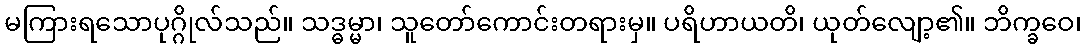
မကြားရသောပုဂ္ဂိုလ်သည်။ သဒ္ဓမ္မာ၊ သူတော်ကောင်းတရားမှ။ ပရိဟာယတိ၊ ယုတ်လျော့၏။ ဘိက္ခဝေ၊